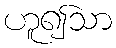
ဟူ၍သာ